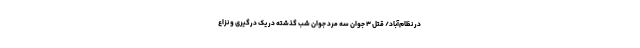
در نظام‌آباد/ قتل ۳ جوان سه مرد جوان شب گذشته در یک درگیری و نزاع